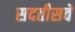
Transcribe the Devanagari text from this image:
सदतीसवे